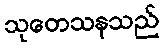
သုတေသနသည်